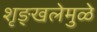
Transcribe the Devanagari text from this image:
शृङ्खलेमुळे